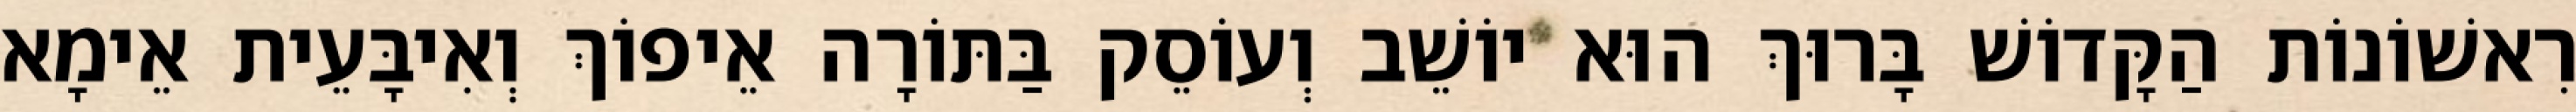
רִאשׁוֹנוֹת הַקָּדוֹשׁ בָּרוּךְ הוּא יוֹשֵׁב וְעוֹסֵק בַּתּוֹרָה אֵיפוֹךְ וְאִיבָּעֵית אֵימָא